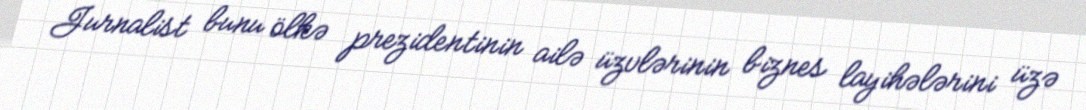
Jurnalist bunu ölkə prezidentinin ailə üzvlərinin biznes layihələrini üzə